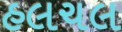
હલચલ